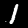
Digit: 1